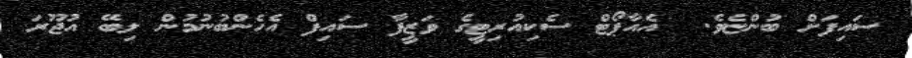
ސައިފަށް ބުންޏެވެ.  އެއާޕޯޓް ސެކިއުރިޓީގެ ވަޒީފާ ސައިފް އެހެންބުނުމުން ލިބޭ އުޖޫރަ